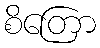
စိတြော